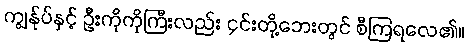
ကျွန်ုပ်နှင့် ဦးကိုကိုကြီးလည်း ၄င်းတို့ဘေးတွင် စီကြရလေ၏။